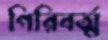
গিরিবর্ত্ম